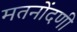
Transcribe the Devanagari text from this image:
मतनोंदणी